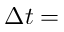
\Delta t =